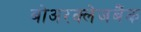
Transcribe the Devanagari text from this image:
बोअरक्लेजबैंक